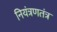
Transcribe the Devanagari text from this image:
नियंत्रणतंत्र